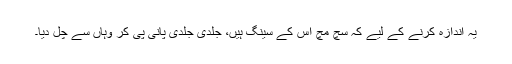
یہ اندازہ کرنے کے لیے کہ سچ مچ اس کے سینگ ہیں، جلدی جلدی پانی پی کر وہاں سے چل دیا۔